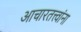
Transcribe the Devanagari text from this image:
आचारतत्त्वांना